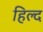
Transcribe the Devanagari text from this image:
हिल्द